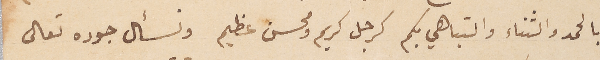
بالحمد والثناء والتباهي بكم كرجل كريم ومحسن عظيم ونسأل جوده تعالى